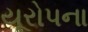
યૂરોપના